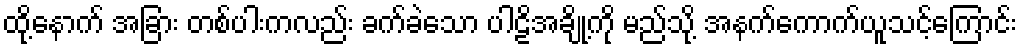
ထို့နောက် အခြား တစ်ပါးကလည်း ခက်ခဲသော ပါဠိအချို့ကို မည်သို့ အနက်ကောက်ယူသင့်ကြောင်း